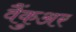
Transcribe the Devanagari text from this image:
वैंकुअर